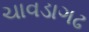
ચાવડાગઢ